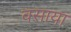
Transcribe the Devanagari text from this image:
वसाया